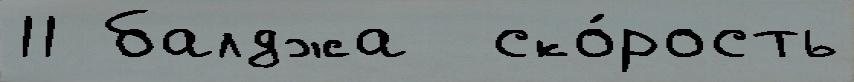
11 балджа  ско́рость